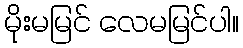
မိုးမမြင် လေမမြင်ပါ။